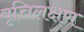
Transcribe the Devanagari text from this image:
वृत्तिलक्षण